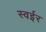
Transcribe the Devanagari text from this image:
स्वईर